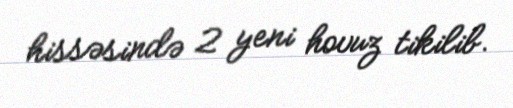
hissəsində 2 yeni hovuz tikilib.